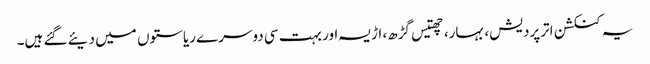
یہ کنکشن اترپردیش، بہار، چھتیس گڑھ، اڑیسہ اور بہت سی دوسرے ریاستوں میں دیئے گئے ہیں۔